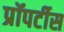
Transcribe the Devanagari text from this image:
प्रॉपर्टीस